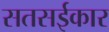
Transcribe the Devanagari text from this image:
सतसईकार